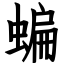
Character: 蝙